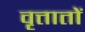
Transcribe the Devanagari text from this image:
वृत्तातों